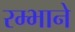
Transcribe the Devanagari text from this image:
रम्भाने